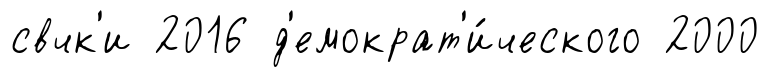
свчк'и 2016 д'емократ'и́ческого 2000